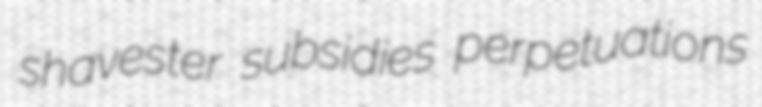
shavester subsidies perpetuations